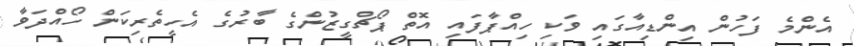
އެންމެ ފަހުން އިންޑިއާގައި ވަކި ހިއްޕާފައި އޮތް ޕޯޗްގީޒުންގެ ބާރުގެ އެހީތެރިކަން ހޯއްދަވާ